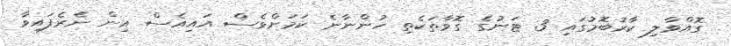
ގޮއްވާލި ކާރުބޮމުގައި 3 ޓަނުގެ ގޮވާތަކެތި ހުންނާނެ ކަމަށްވެސް އައިއެސް އިން ނެރެފައިވާ